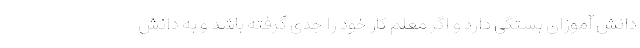
دانش آموزان بستگی دارد و اگر معلم کار خود را جدی گرفته باشد و به دانش